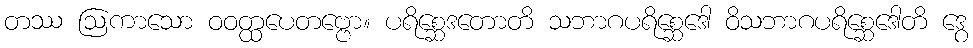
တဿ ဩကာသော ဝဝတ္ထပေတဗ္ဗော။ ပရိစ္ဆေဒတောတိ သဘာဂပရိစ္ဆေဒေါ ဝိသဘာဂပရိစ္ဆေဒေါတိ ဒွေ